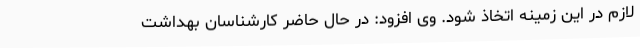
لازم در این زمینه اتخاذ شود. وی افزود: در حال‌ حاضر کارشناسان بهداشت